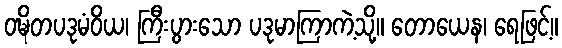
ဝဍ္ဎိတပဒုမံဝိယ၊ ကြီးပွားသော ပဒုမာကြာကဲ့သို့။ တောယေန၊ ရေဖြင့်။